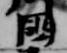
国